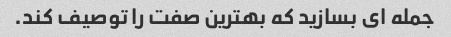
جمله ای بسازید که بهترین صفت را توصیف کند.